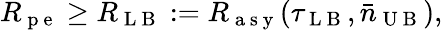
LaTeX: R_{\mathrm{~p~e~}}\geq R_{\mathrm{~L~B~}}:=R_{\mathrm{~a~s~y~}}(\tau_{\mathrm{~L~B~}},\bar{n}_{\mathrm{~U~B~}}),